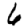
Digit: 6